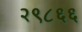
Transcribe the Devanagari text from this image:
२९८६६